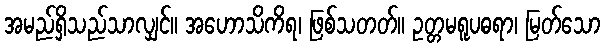
အမည်ရှိသည်သာလျှင်။ အဟောသိကိရ၊ ဖြစ်သတတ်။ ဥတ္တမရူပဓရာ၊ မြတ်သော